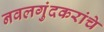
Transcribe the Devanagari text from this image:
नवलगुंदकरांचे